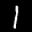
Label: 1